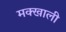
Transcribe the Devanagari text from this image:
मक्खाली